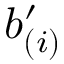
b _ { ( i ) } ^ { \prime }